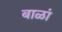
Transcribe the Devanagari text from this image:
बाळां